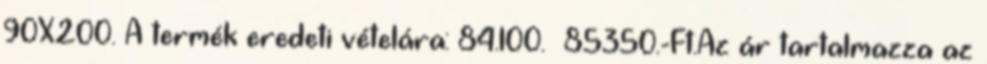
90X200. A termék eredeti vételára: 84.100. 85350.-Ft.Az ár tartalmazza az